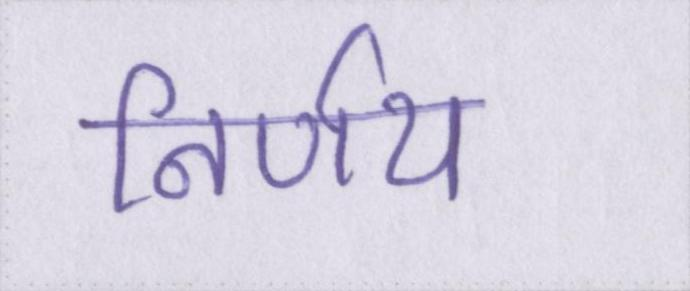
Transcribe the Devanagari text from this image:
निर्णय